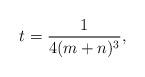
LaTeX: \begin{align*}t=\frac{1}{4(m+n)^3},\end{align*}